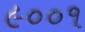
૯૦૦૧